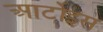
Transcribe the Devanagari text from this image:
आर्टोइस